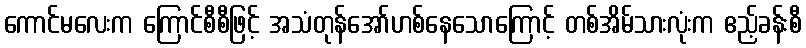
ကောင်မလေးက ကြောင်စီစီဖြင့် အသံတုန်အော်ဟစ်နေသောကြောင့် တစ်အိမ်သားလုံးက ဧည့်ခန်းစီ